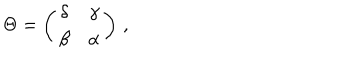
\Theta = \left( \begin{array} { c c } { { \delta } } & { { \gamma } } \\ { { \beta } } & { { \alpha } } \\ \end{array} \right) \, ,